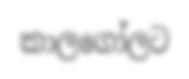
කාලගෝලට